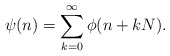
\begin{align*} \psi(n)=\sum_{k=0}^{\infty}\phi(n+kN).\end{align*}